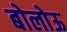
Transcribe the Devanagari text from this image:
बोलोऊ